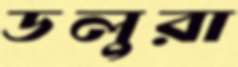
ডলুরা